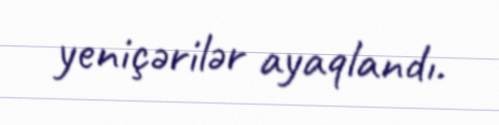
yeniçərilər ayaqlandı.